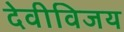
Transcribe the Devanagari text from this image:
देवीविजय